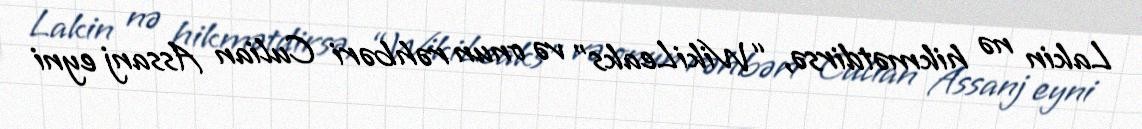
Lakin nə hikmətdirsə, “WikiLeaks” və onun rəhbəri Culian Assanj eyni